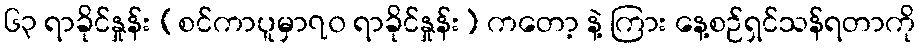
၆၃ ရာခိုင်နှုန်း (စင်ကာပူမှာ၇၀ ရာခိုင်နှုန်း) ကတော့ နဲ့ ကြား နေ့စဉ်ရှင်သန်ရတာကို